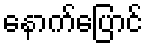
နောက်ပြောင်